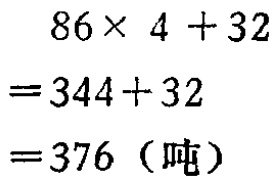
\[
\begin{align*}
&86\times 4 + 32\\
=&344 + 32\\
=&376（吨）
\end{align*}
\]